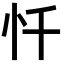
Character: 忏